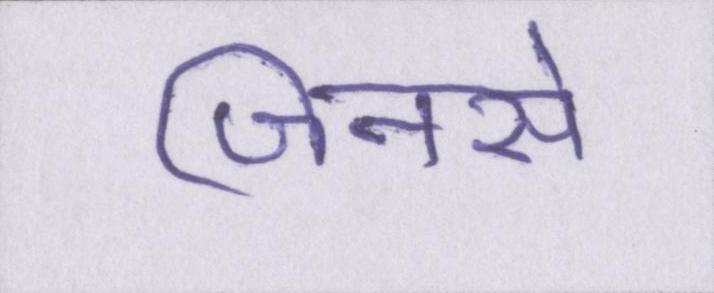
जिनसे